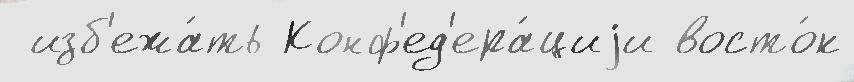
 изб'ежа́ть Конф'ед'ера́циjи восто́к